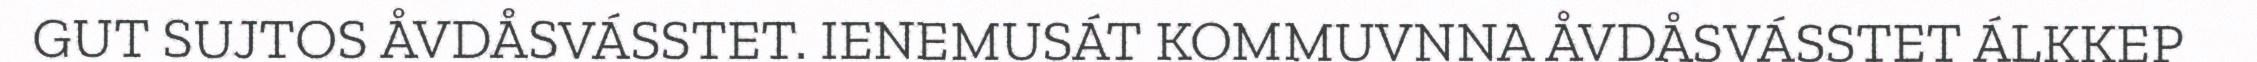
GUT SUJTOS ÅVDÅSVÁSSTET. IENEMUSÁT KOMMUVNNA ÅVDÅSVÁSSTET ÁLKKEP